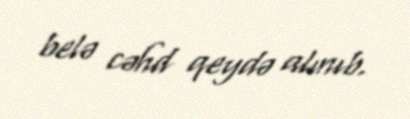
belə cəhd qeydə alınıb.